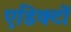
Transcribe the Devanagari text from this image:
एडिक्टों